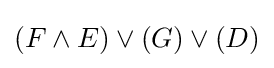
(F\land E)\lor (G)\lor (D)